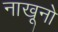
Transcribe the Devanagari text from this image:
नाखूनो